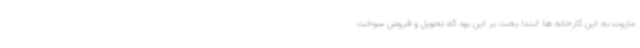
مازوت به این کارخانه ها ابتدا بحث بر این بود که تحویل و فروش سوخت